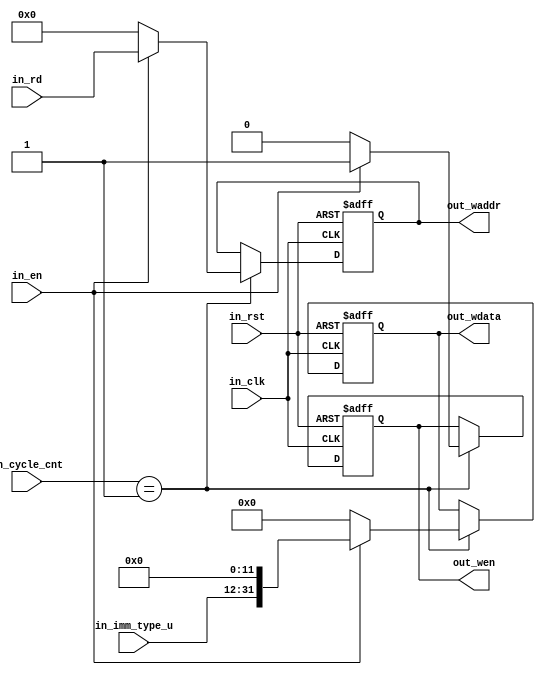
module switch_mcu_alu_lui (
    in_clk          ,
    in_rst          ,
    in_cycle_cnt    ,
    in_en           ,
    in_imm_type_u   ,
    in_rd           ,

    out_waddr       ,
    out_wen         ,
    out_wdata       ,
);

// Inputs
input wire          in_clk           ;
input wire          in_rst           ;
input wire [3:0]    in_cycle_cnt     ;
input wire          in_en            ;
input wire [19:0]   in_imm_type_u    ;
input wire [4:0]    in_rd            ;

// Outputs
output reg [4:0]    out_waddr         ;
output reg          out_wen           ;
output reg [31:0]   out_wdata         ;

always@(posedge in_clk or negedge in_rst) begin
    if(!in_rst) begin
        out_waddr <= 0;
        out_wen   <= 0;
        out_wdata <= 0;
    end else if(in_cycle_cnt == 1) begin
        if(in_en)begin
            out_waddr <= in_rd;
            out_wen   <= 1;
            out_wdata <= in_imm_type_u << 12;
        end else begin
            out_waddr <= 0;
            out_wen   <= 0;
            out_wdata <= 0;
        end
    end else begin
        out_waddr <= out_waddr;
        out_wen   <= out_wen;
        out_wdata <= out_wdata;
    end
end

endmodule